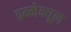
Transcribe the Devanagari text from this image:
इम्मेन्यूल